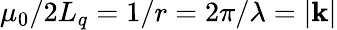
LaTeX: \mu_{0}/2L_{q}=1/r=2\pi/\lambda=|\textbf{k}|